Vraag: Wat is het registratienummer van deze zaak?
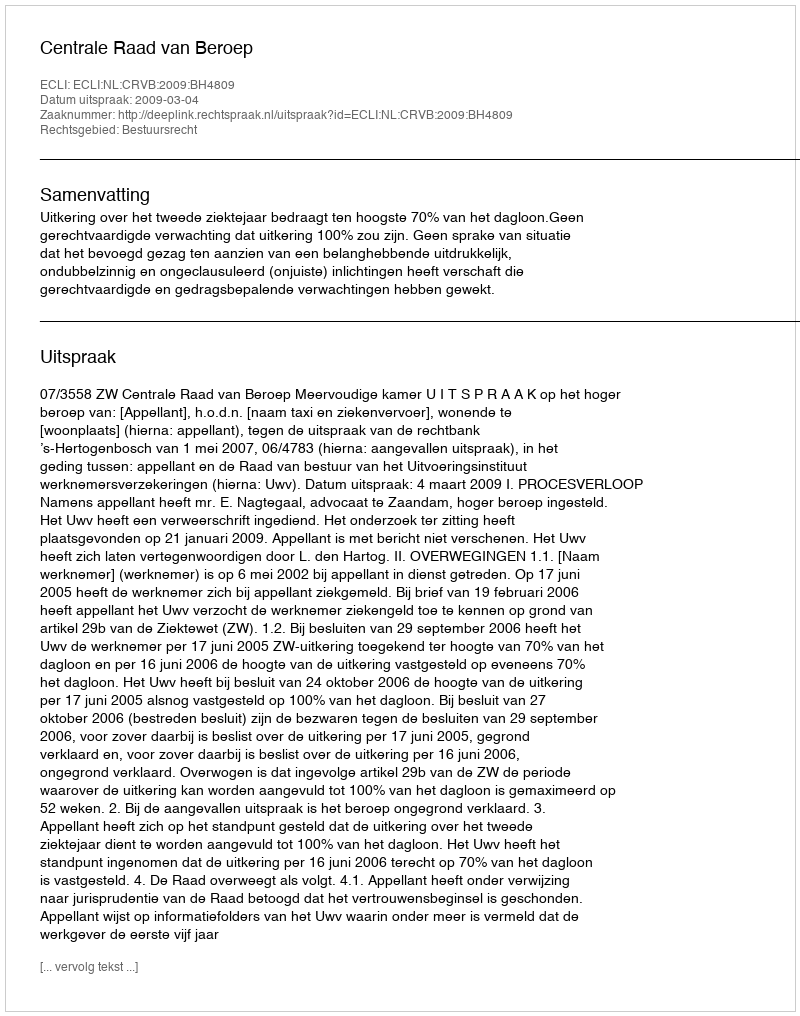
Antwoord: http://deeplink.rechtspraak.nl/uitspraak?id=ECLI:NL:CRVB:2009:BH4809